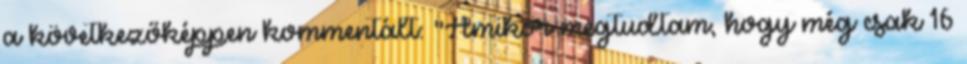
a következőképpen kommentált: "Amikor megtudtam, hogy még csak 16